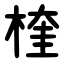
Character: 楏